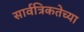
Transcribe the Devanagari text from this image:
सार्वत्रिकतेच्या